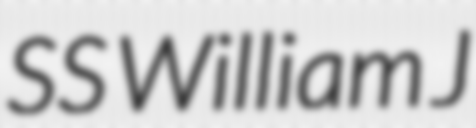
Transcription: SS William J